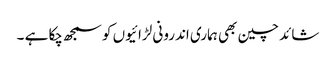
شائد چین بھی ہماری اندرونی لڑائیوں کو سمجھ چکا ہے ۔